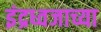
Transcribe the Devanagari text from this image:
इंद्रध्वजाच्या